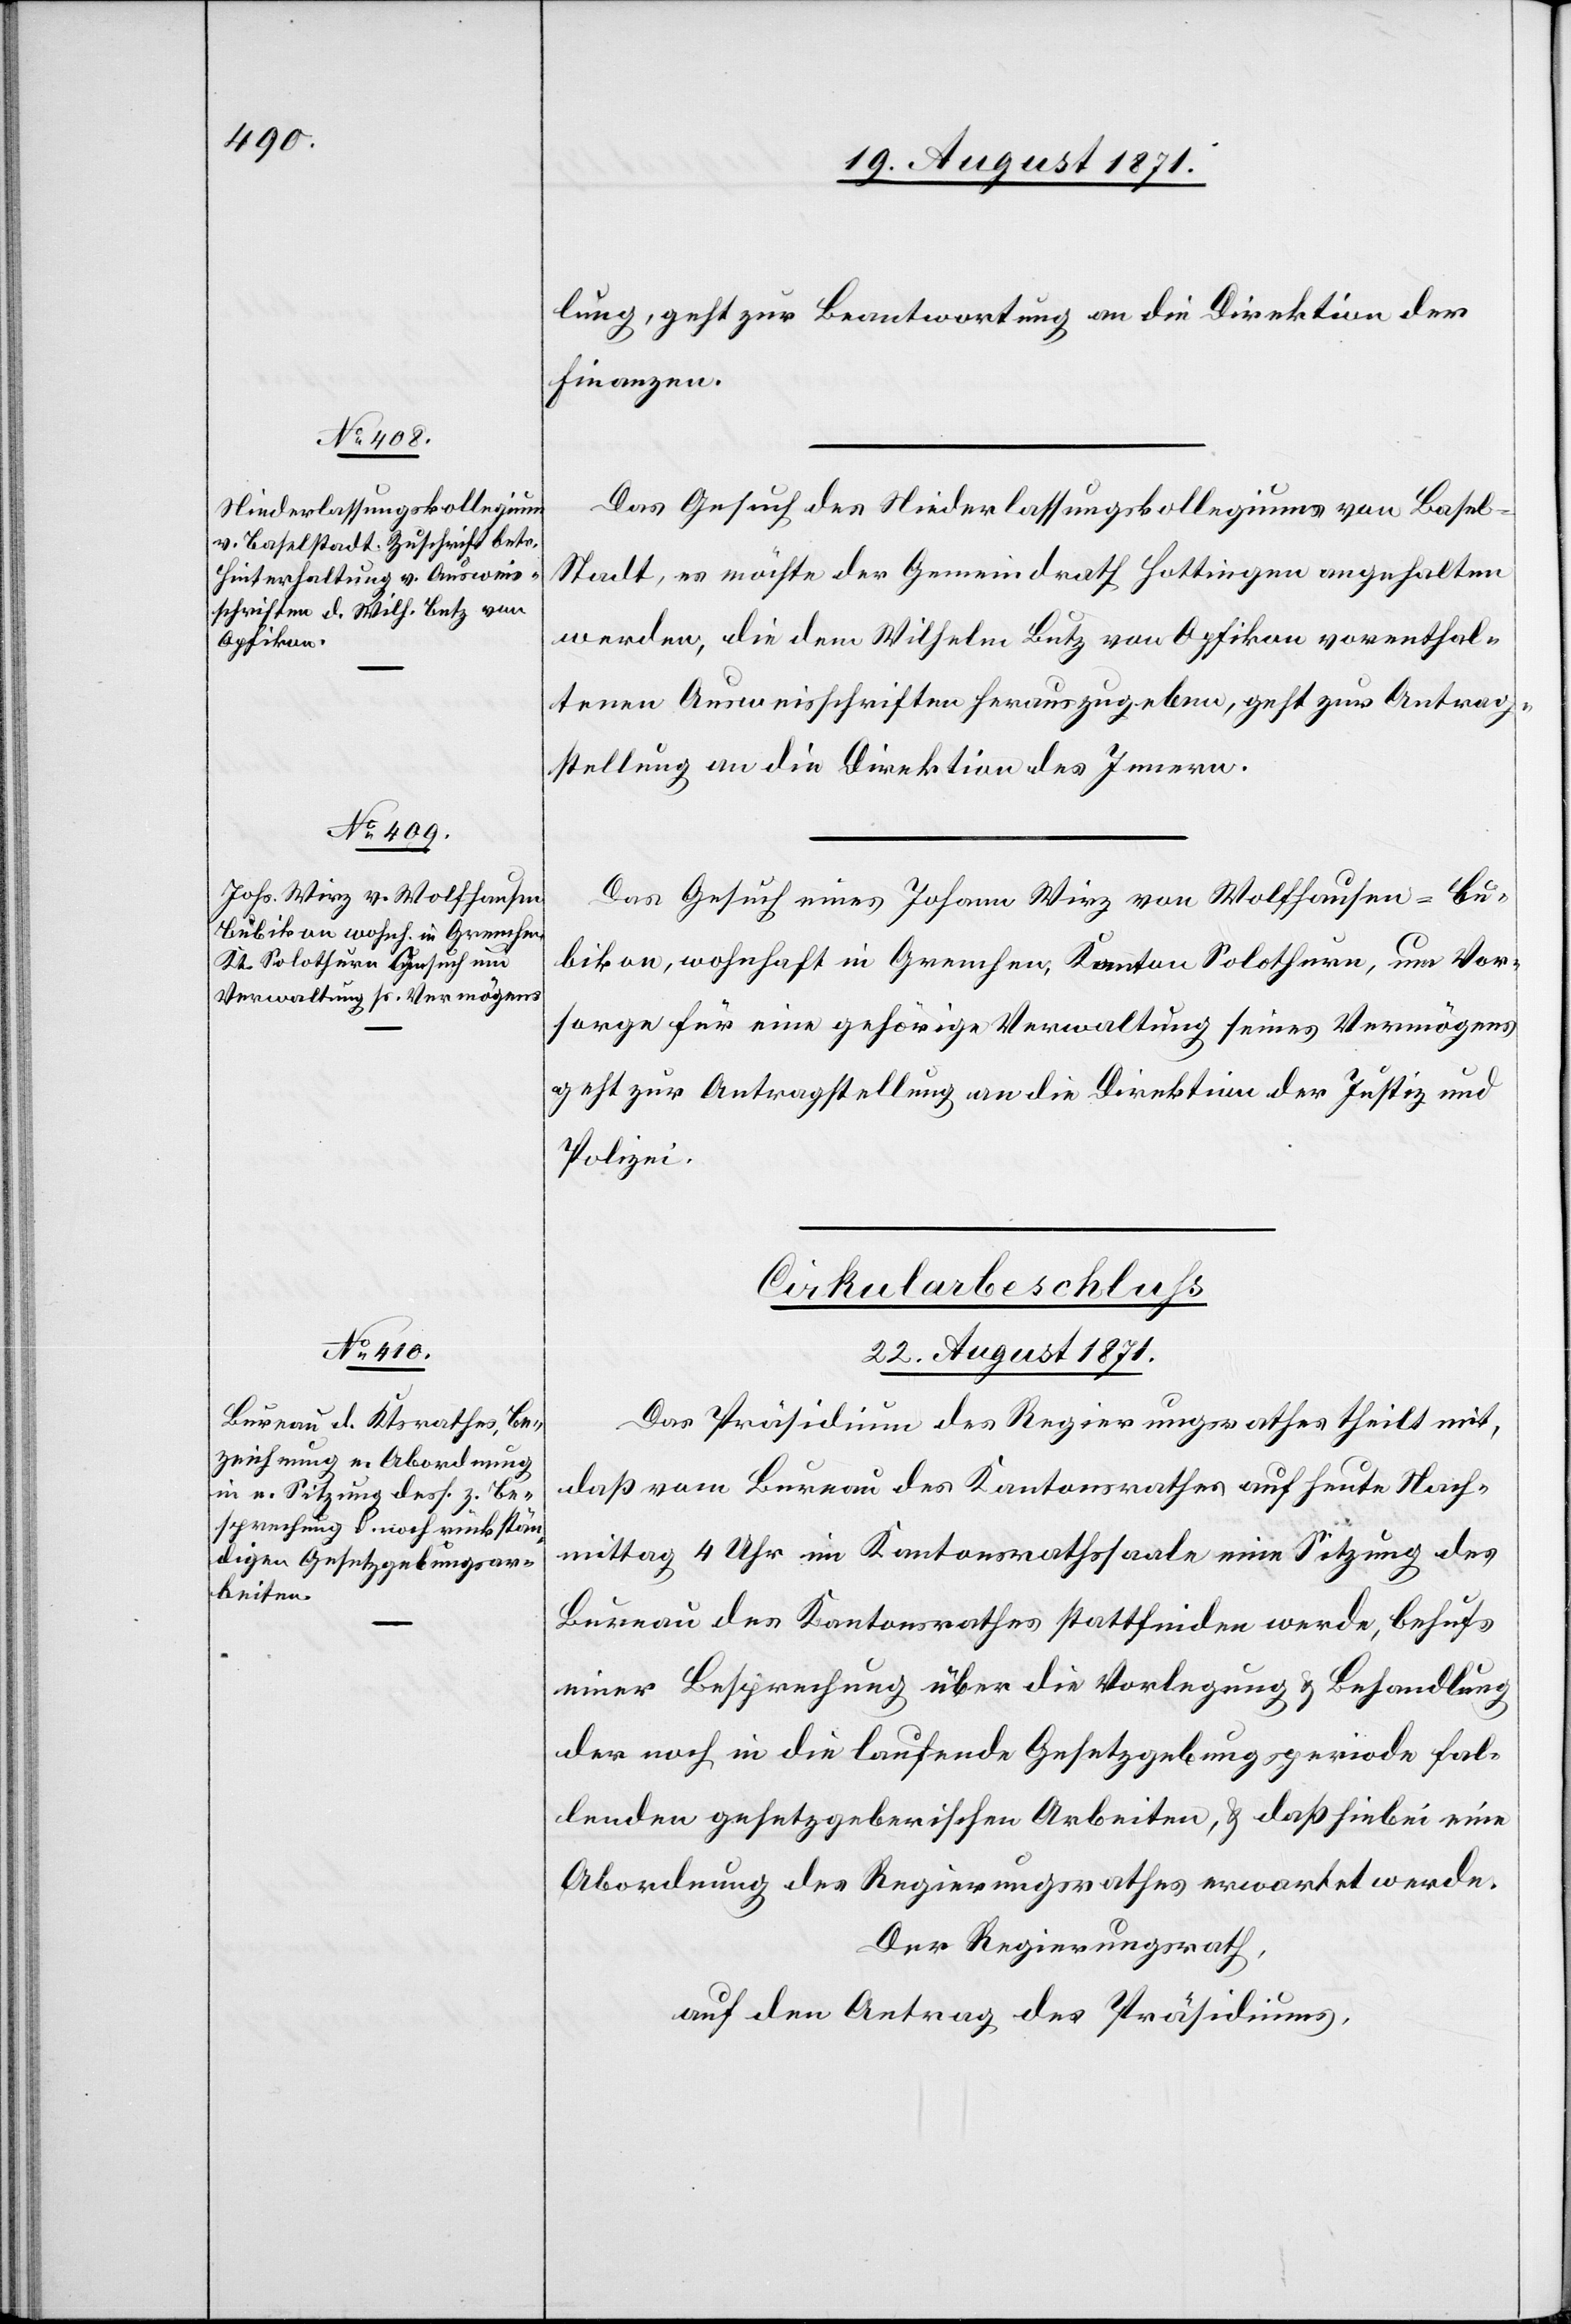
19. August 1871.]
lung, geht zur Beantwortung an die Direktion der
Finanzen.
Das Gesuch des Niederlassungskollegiums von Basel-S¬
tadt, es möchte der Gemeindrath Hottingen angehalten
werden, die dem Wilhelm Butz von Opfikon vorenthal¬
tenen Ausweisschriften herauszugeben, geht zur Antrag¬
stellung an die Direktion des Innern.
Das Gesuch eines Johann Wirz von Wolfhausen-Bu¬
bikon, wohnhaft in Grenchen, Kanton Solothurn, um Vor¬
sorge für eine gehörige Verwaltung seines Vermögens
geht zur Antragstellung an die Direktion der Justiz und
Polizei.
Cirkularbeschluß.
22. August 1871.
Das Präsidium des Regierungsrathes theilt mit,
daß vom Bureau des Kantonsrathes auf heute Nach¬
mittag 4 Uhr im Kantonsrathssaale eine Sitzung des
Bureau des Kantonsrathes stattfinden werde, behufs
einer Besprechung über die Verlegung & Behandlung
der noch in die laufende Gesetzgebungsperiode fal¬
lenden gesetzgeberischen Arbeiten, & daß hiebei eine
Abordnung des Regierungsrathes erwartet werde.
Der Regierungsrath,
auf Antrag des Präsidiums,